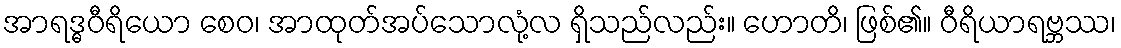
အာရဒ္ဓဝီရိယော စေဝ၊ အာထုတ်အပ်သောလုံ့လ ရှိသည်လည်း။ ဟောတိ၊ ဖြစ်၏။ ဝီရိယာရဗ္ဘဿ၊